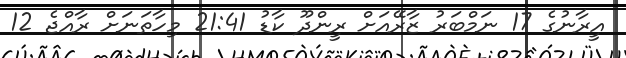
އީރާނުގެ 17 ނަމްބަރު ޒާރޭއަށް ރީންދޫ ކާޑު 21:41 މިހާތަނަށް ރާއްޖެ 12